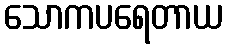
သောကပရေတာယ